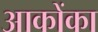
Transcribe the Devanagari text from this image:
आकोंका